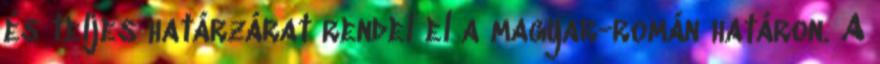
és teljes határzárat rendel el a magyar-román határon. A